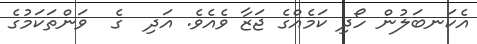
އެކަނބަލުން ހޯދި ކަމެއްގެ ޖަޒާ ވެއެވެ. އަދި  ގެ  ވަންތަކަމުގެ